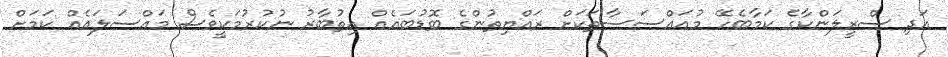
އަދި ސްރީލަންކާގެ ކަމާބެހޭ މުއައްސަސާތަކަށް ރައްޔިތުންގެ ބޮޑުބައެއް އިތުބާރު ނުކުރުމަކީވެސް މައްސަލައެއް ކަމަށް